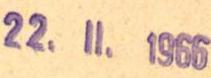
22.11.1966